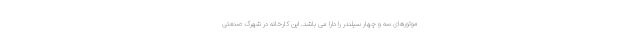
موتورهای سه و چهار سیلندر را دارا می باشد. این کارخانه در شهرک صنعتی